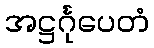
အဋ္ဌင်္ဂုပေတံ